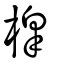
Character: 槔